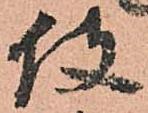
役